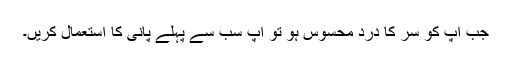
جب آپ کو سر کا درد محسوس ہو تو آپ سب سے پہلے پانی کا استعمال کریں۔